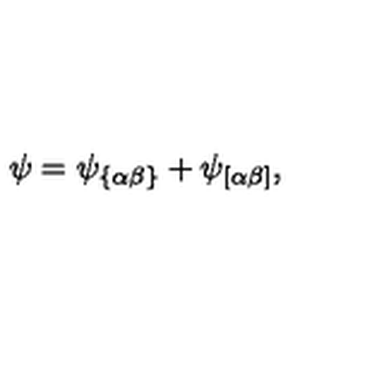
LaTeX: \psi = \psi _ { \{ \alpha \beta \} } + \psi _ { \left[ \alpha \beta \right] } ,